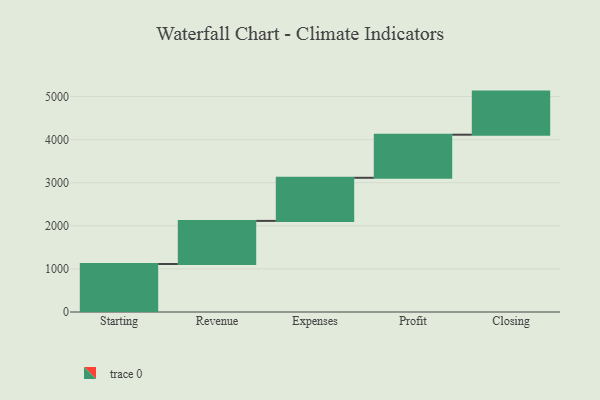
{"axis": {"x": "Step", "y": "Value"}, "legend": [""], "data": [{"x": "Starting", "y": 1114.0, "type": ""}, {"x": "Revenue", "y": 1000, "type": ""}, {"x": "Expenses", "y": 1000, "type": ""}, {"x": "Profit", "y": 1000, "type": ""}, {"x": "Closing", "y": 1000, "type": ""}]}